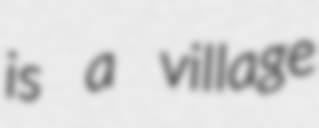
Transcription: is a village